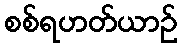
စစ်ရဟတ်ယာဉ်